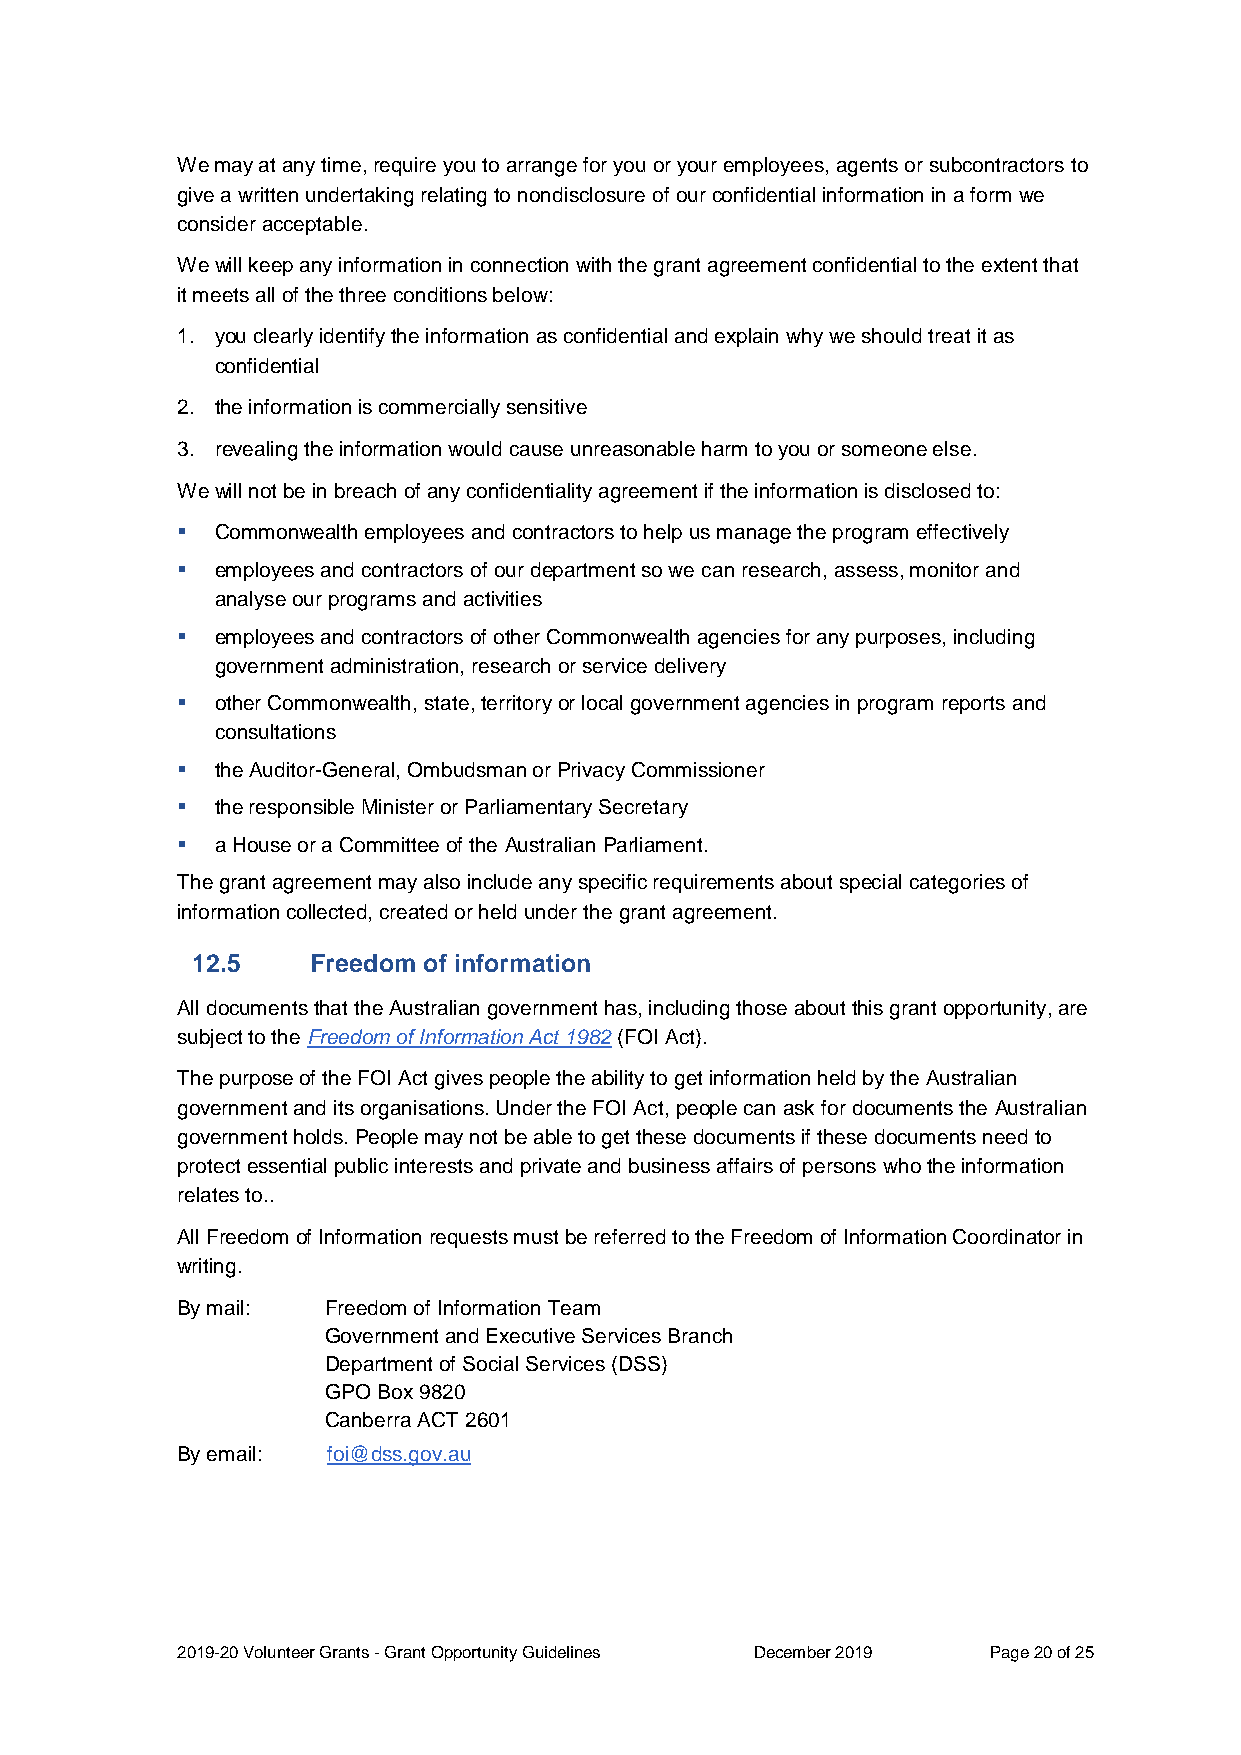
We may at any time, require you to arrange for you or your employees, agents or subcontractors to
 give a written undertaking relating to nondisclosure of our confidential information in a form we
 consider acceptable.
 We will keep any information in connection with the grant agreement confidential to the extent that
 it meets all of the three conditions below:
 1. you clearly identify the information as confidential and explain why we should treat it as
 confidential
 2. the information is commercially sensitive
 3. revealing the information would cause unreasonable harm to you or someone else.
 We will not be in breach of any confidentiality agreement if the information is disclosed to:
  Commonwealth employees and contractors to help us manage the program effectively
  employees and contractors of our department so we can research, assess, monitor and
 analyse our programs and activities
  employees and contractors of other Commonwealth agencies for any purposes, including
 government administration, research or service delivery
  other Commonwealth, state, territory or local government agencies in program reports and
 consultations
  the Auditor-General, Ombudsman or Privacy Commissioner
  the responsible Minister or Parliamentary Secretary
  a House or a Committee of the Australian Parliament.
 The grant agreement may also include any specific requirements about special categories of
 information collected, created or held under the grant agreement.
 12.5    Freedom of information
 All documents that the Australian government has, including those about this grant opportunity, are
 subject to the Freedom of Information Act 1982 (FOI Act).
 The purpose of the FOI Act gives people the ability to get information held by the Australian
 government and its organisations. Under the FOI Act, people can ask for documents the Australian
 government holds. People may not be able to get these documents if these documents need to
 protect essential public interests and private and business affairs of persons who the information
 relates to..
 All Freedom of Information requests must be referred to the Freedom of Information Coordinator in
 writing.
 By mail:  Freedom of Information Team
 Government and Executive Services Branch
 Department of Social Services (DSS)
 GPO Box 9820
 Canberra ACT 2601
 By email: foi@dss.gov.au
 2019-20 Volunteer Grants - Grant Opportunity Guidelines December 2019 Page 20 of 25